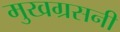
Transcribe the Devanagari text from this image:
मुखग्रसनी